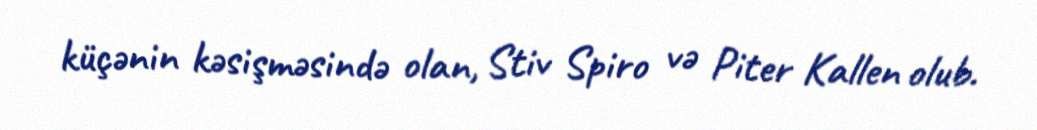
küçənin kəsişməsində olan, Stiv Spiro və Piter Kallen olub.